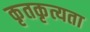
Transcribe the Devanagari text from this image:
कृतकृत्यता